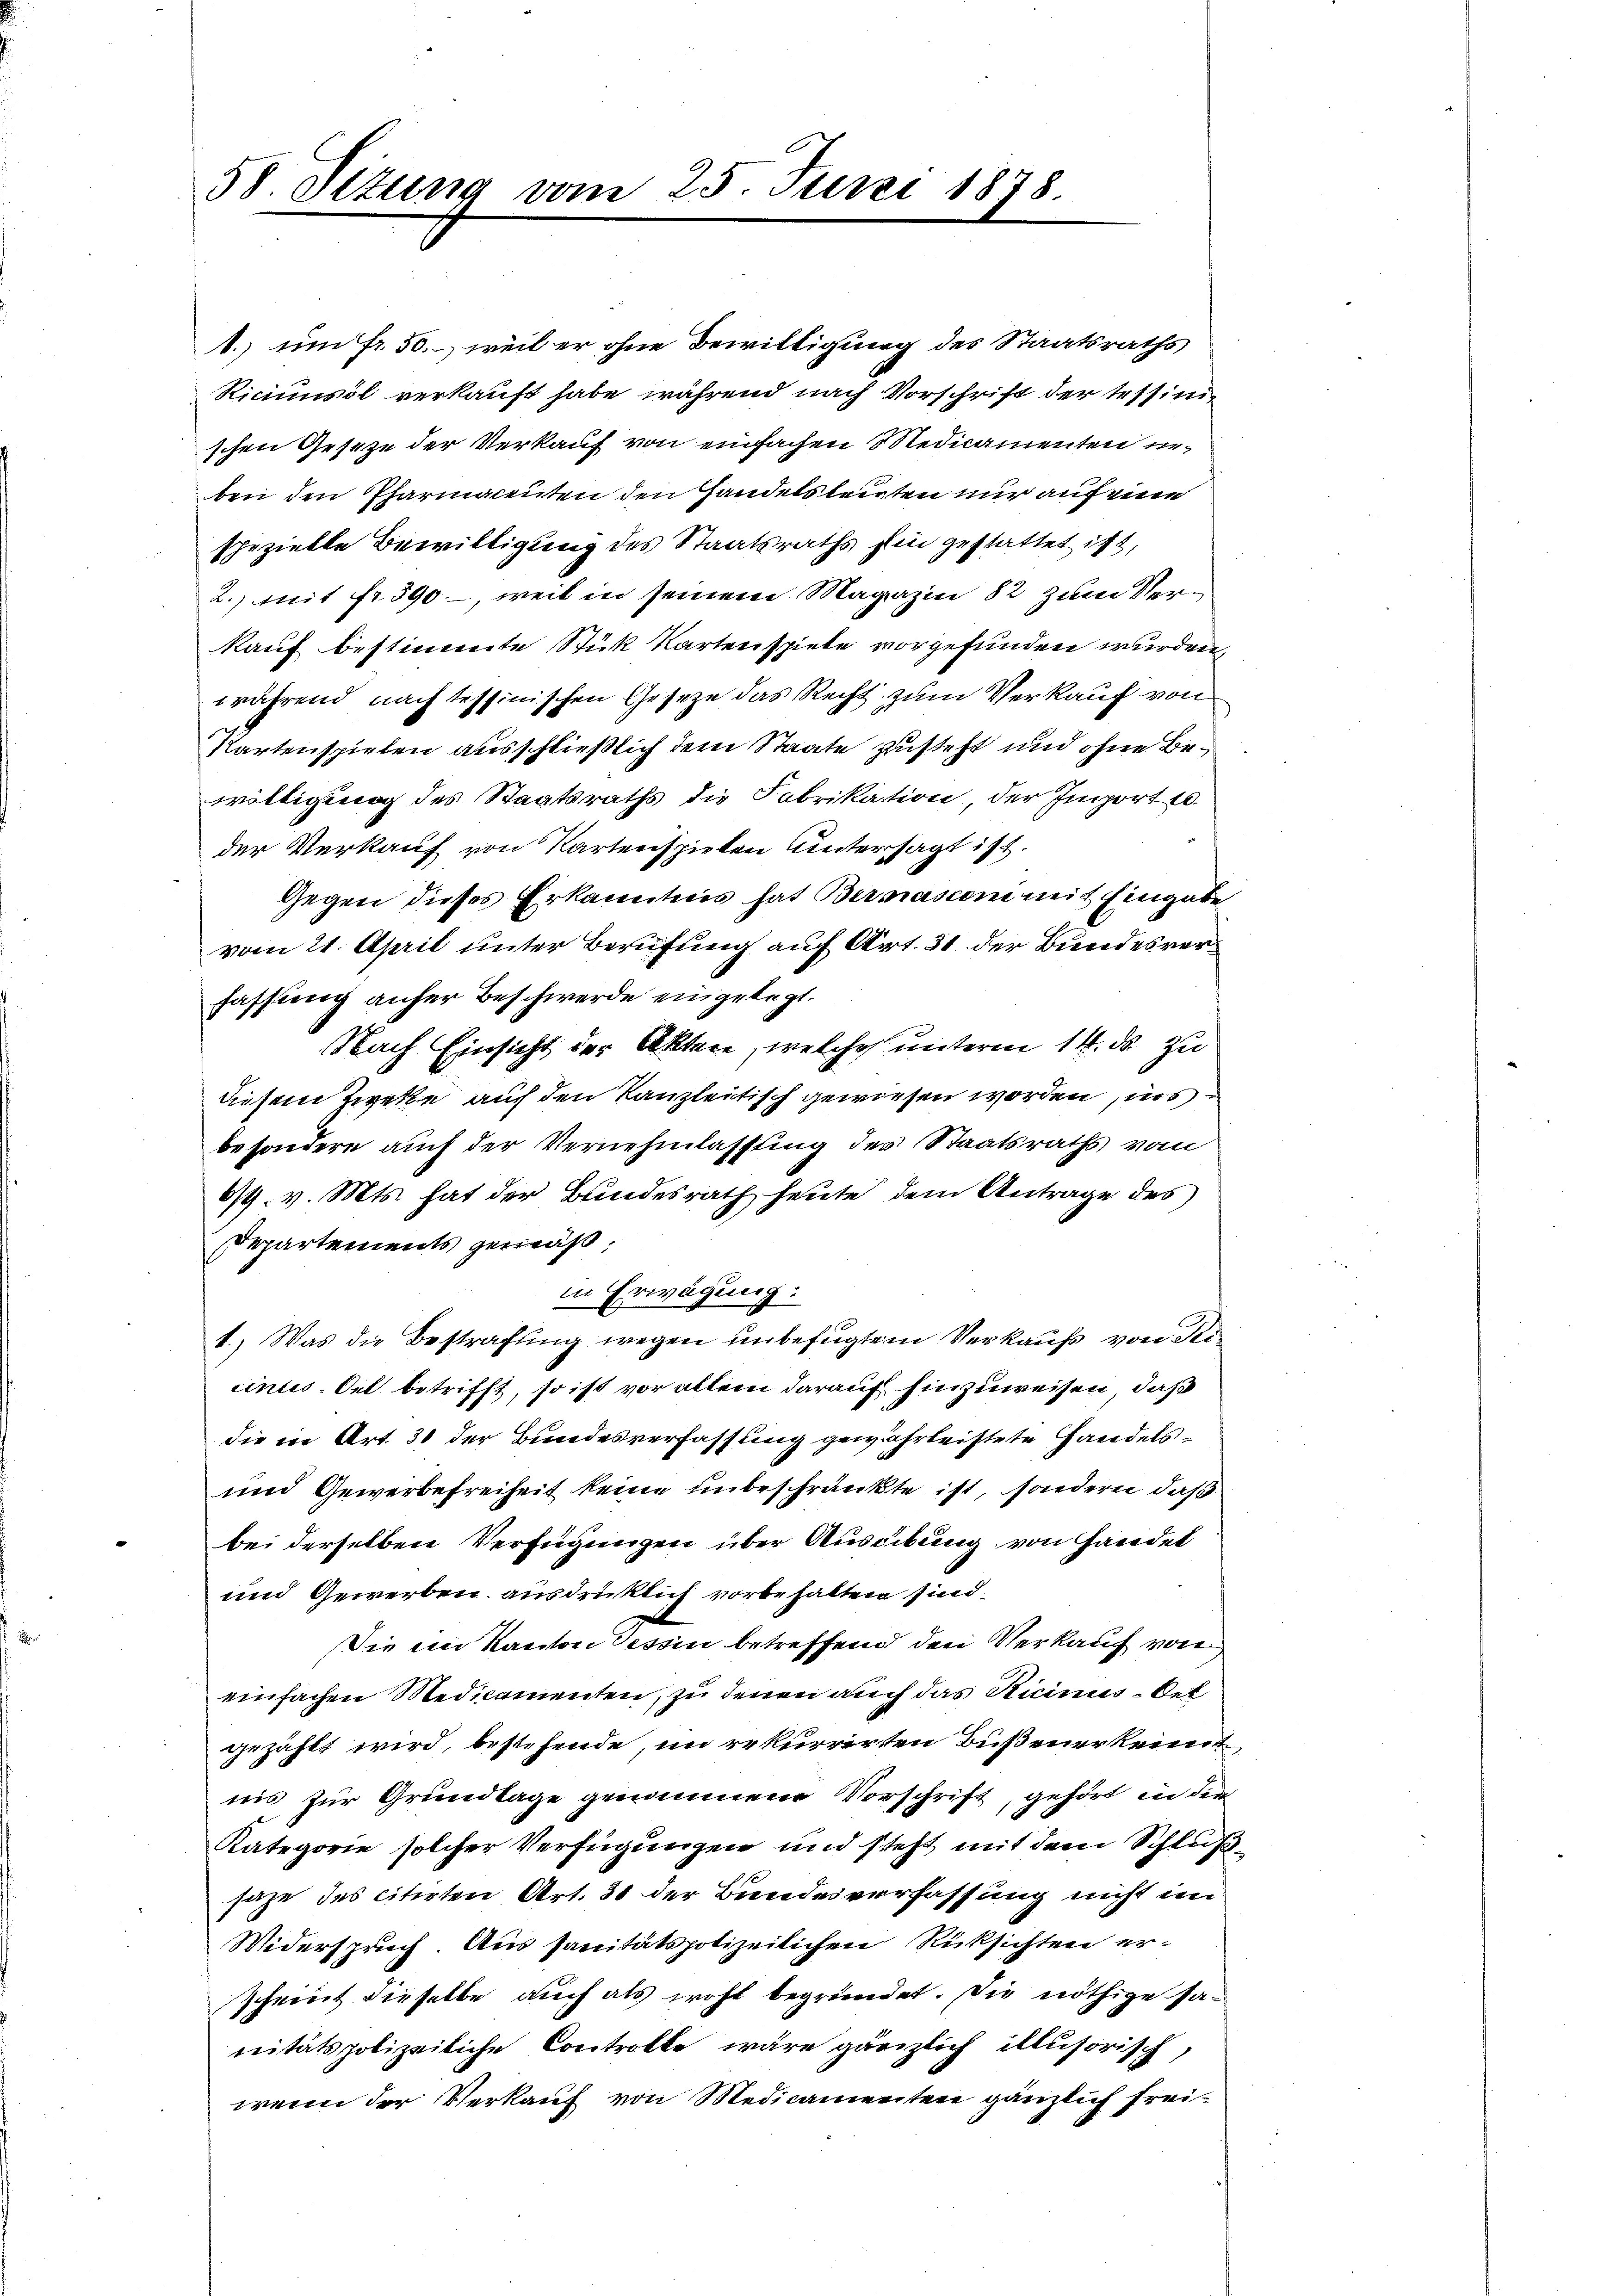
58. Situng vom 25. Juni 1878.

1.) um Fr. 50., weil er ohne Bewilligung des Staatsraths
Riciumsöl verkauft habe, während nach Vorschrift der Tessinischen Geseze der Verkauf von einfachen Medicamenten inben den Pharmacenten den Handelsleuten nur auf eine
spezielle Bewilligung des Staatsraths hin gestattet ist,
2.) mit fr. 390, weil in seinem Magazin 82 zum Verkauf bestimmte Stück Kartenspiele vorgefunden wurden
während nach tessinischen Gesetze das Recht zum Verkauf von
Kartenspielen ausschließlich dem Staate zusteht und ohne Bewältigung des Staatsraths die Fabrikation, der Import 10.
der Verkauf von Kartenspielen untersagt ist.
Gegen dieses Erkanntnis hat Bermassen mit Eingabe
vom 21. April unter Berufung auf Art. 31 der Bundesverfassung anher Beschwerde eingelegt.
Nach Einsicht der Akten, welche unterm 14. ds. zu
diesem Zweke auf den Kanzleitisch gewiesen worden, ins
besondere auch der Vernehmlassung der Staatsraths vom
679. v. Mts. hat der Bundesrath heute dem Antrage des
Departements gemäß,
in Erwägung:
1.) Was die Bestrafung wegen unbefugtem Verkaufs von Seicintus. Oel betrifft, so ist vor allem darauf hinzuweisen, daß
die in Art. 30 der Bundesverfassung gewährleistete Handels¬
und Gewerbefreiheit keine unbeschränkte ist, sondern, daß
bei derselben Verfügungen über Ausübung von Handel
und Gewerben ausdrücklich vorbehalten sind,
Die im Kanton Tessin betreffend den Verkauf von
einfachen Medicamenten, zu denen auch das Sticinis-Oet
gezählt wird, bestehende, im rekurrirten Bußenerkennt
nis zur Grundtage genommene Vorschrift, gehört in der
Kategorie solcher Verfügungen und steht mit dem Schlußsaze des citirten Art. 31 der Bundesverfassung nicht im
Widerspruch. Aus sanitätspolizeilichen Rücksichten erschreit dieselbe auch als wohl begründet. Die nöthige sanitätspolizeiliche Controlle wäre gänzlich illusorisch,
wenn der Verkauf von Medicamenten gänzlich frei¬